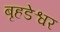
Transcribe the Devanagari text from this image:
बृहडेश्वर